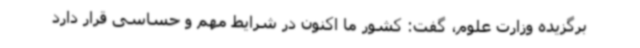
برگزیده وزارت علوم، گفت: کشور ما اکنون در شرایط مهم و حساسی قرار دارد